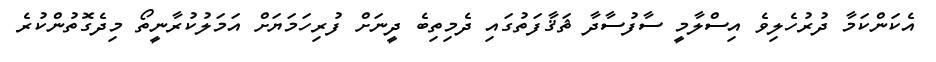
އެކަންކަމާ ދުރުހެލިވެ އިސްލާމީ ސާފުސާދާ ޘަޤާފަތުގައި ދެމިތިބެ ދީނަށް ފުރިހަމަޔަށް އަމަލުކުރާނީތޯ މިދެގޮތުންކުރެ